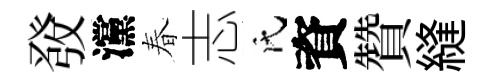
𤼲灙春志氏資贊縫